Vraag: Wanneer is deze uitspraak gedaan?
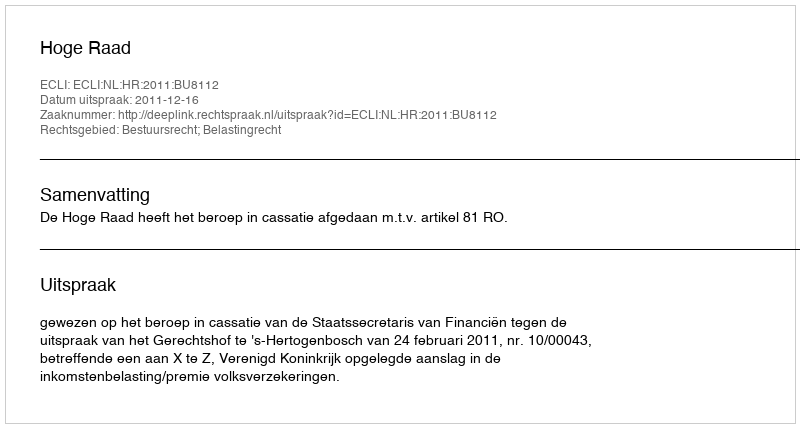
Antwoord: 2011-12-16